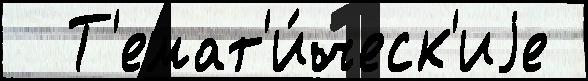
  Т'емат'и́ческ'иjе